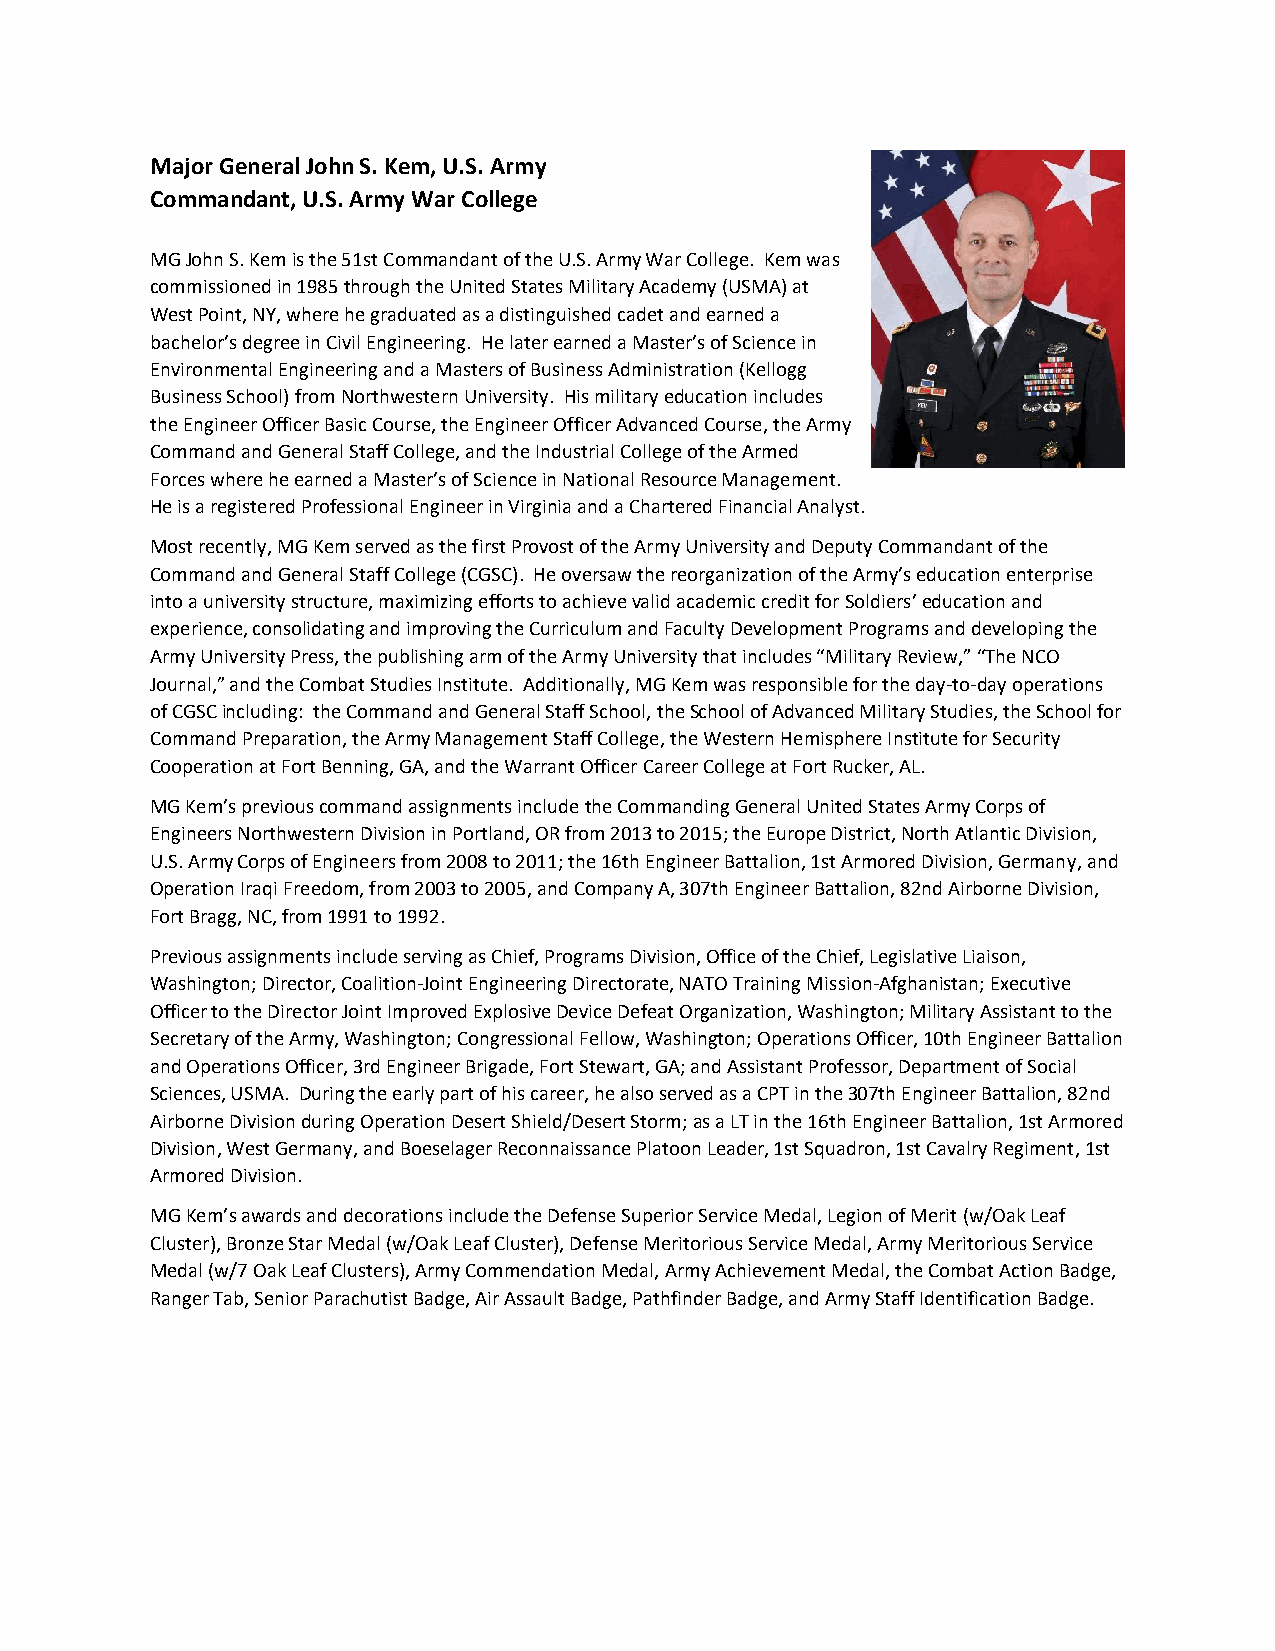
Major General John S. Kem, U.S. Army
 Commandant, U.S. Army War College
 MG John S. Kem is the 51st Commandant of the U.S. Army War College. Kem was
 commissioned in 1985 through the United States Military Academy (USMA) at
 West Point, NY, where he graduated as a distinguished cadet and earned a
 bachelor’s degree in Civil Engineering. He later earned a Master’s of Science in
 Environmental Engineering and a Masters of Business Administration (Kellogg
 Business School) from Northwestern University. His military education includes
 the Engineer Officer Basic Course, the Engineer Officer Advanced Course, the Army
 Command and General Staff College, and the Industrial College of the Armed
 Forces where he earned a Master’s of Science in National Resource Management.
 He is a registered Professional Engineer in Virginia and a Chartered Financial Analyst.
 Most recently, MG Kem served as the first Provost of the Army University and Deputy Commandant of the
 Command and General Staff College (CGSC). He oversaw the reorganization of the Army’s education enterprise
 into a university structure, maximizing efforts to achieve valid academic credit for Soldiers’ education and
 experience, consolidating and improving the Curriculum and Faculty Development Programs and developing the
 Army University Press, the publishing arm of the Army University that includes “Military Review,” “The NCO
 Journal,” and the Combat Studies Institute. Additionally, MG Kem was responsible for the day-to-day operations
 of CGSC including: the Command and General Staff School, the School of Advanced Military Studies, the School for
 Command Preparation, the Army Management Staff College, the Western Hemisphere Institute for Security
 Cooperation at Fort Benning, GA, and the Warrant Officer Career College at Fort Rucker, AL.
 MG Kem’s previous command assignments include the Commanding General United States Army Corps of
 Engineers Northwestern Division in Portland, OR from 2013 to 2015; the Europe District, North Atlantic Division,
 U.S. Army Corps of Engineers from 2008 to 2011; the 16th Engineer Battalion, 1st Armored Division, Germany, and
 Operation Iraqi Freedom, from 2003 to 2005, and Company A, 307th Engineer Battalion, 82nd Airborne Division,
 Fort Bragg, NC, from 1991 to 1992.
 Previous assignments include serving as Chief, Programs Division, Office of the Chief, Legislative Liaison,
 Washington; Director, Coalition-Joint Engineering Directorate, NATO Training Mission-Afghanistan; Executive
 Officer to the Director Joint Improved Explosive Device Defeat Organization, Washington; Military Assistant to the
 Secretary of the Army, Washington; Congressional Fellow, Washington; Operations Officer, 10th Engineer Battalion
 and Operations Officer, 3rd Engineer Brigade, Fort Stewart, GA; and Assistant Professor, Department of Social
 Sciences, USMA. During the early part of his career, he also served as a CPT in the 307th Engineer Battalion, 82nd
 Airborne Division during Operation Desert Shield/Desert Storm; as a LT in the 16th Engineer Battalion, 1st Armored
 Division, West Germany, and Boeselager Reconnaissance Platoon Leader, 1st Squadron, 1st Cavalry Regiment, 1st
 Armored Division.
 MG Kem’s awards and decorations include the Defense Superior Service Medal, Legion of Merit (w/Oak Leaf
 Cluster), Bronze Star Medal (w/Oak Leaf Cluster), Defense Meritorious Service Medal, Army Meritorious Service
 Medal (w/7 Oak Leaf Clusters), Army Commendation Medal, Army Achievement Medal, the Combat Action Badge,
 Ranger Tab, Senior Parachutist Badge, Air Assault Badge, Pathfinder Badge, and Army Staff Identification Badge.